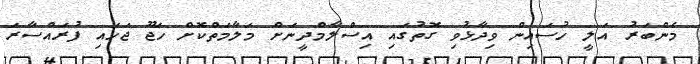
މެންބަރު އަލީ ހުސައިން ވިދާޅުވި ގޮތުގައި އިސްލާމްދީނަށް މަލާމަތްކޮށް ހަޖޫ ޖަހައި ފުރައްސާރަ